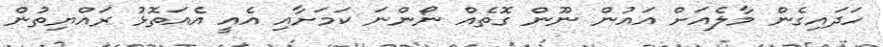
ހަދައިގެން މާލެއަށް އައުން ނޫން ގޮތެއް ނޯންނަ ކަމަށާއި އެއީ އެއަތޮޅު ރައްޔިތުން